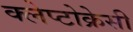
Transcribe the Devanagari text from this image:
क्लेप्टोक्रेसी